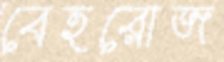
বেহরোজ